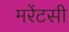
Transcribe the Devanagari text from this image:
मरेंटसी